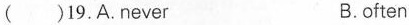
( )19.A.never B.often